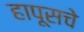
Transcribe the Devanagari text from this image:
हापूसचे